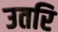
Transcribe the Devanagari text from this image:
उतरि